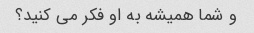
و شما همیشه به او فکر می کنید؟